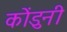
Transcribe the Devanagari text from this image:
कोंडुनी